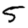
Digit: 5